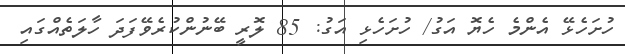
ހުށަހެޅޭ އެންމެ ހެޔޮ އަގު/ ހުށަހެޅި އަގު: 85 ލޮރީ ބޭނުންކުރެވޭފަދަ ހާލަތެއްގައި